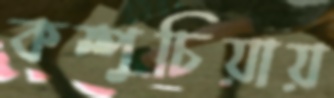
কম্পুচিয়ায়